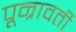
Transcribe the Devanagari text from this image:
पून्रावर्ती